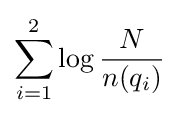
\sum _{i=1}^{2}\log {\frac {N}{n(q_{i})}}